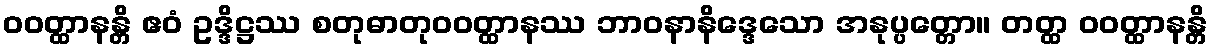
ဝဝတ္ထာနန္တိ ဧဝံ ဥဒ္ဒိဋ္ဌဿ စတုဓာတုဝဝတ္ထာနဿ ဘာဝနာနိဒ္ဒေသော အနုပ္ပတ္တော။ တတ္ထ ဝဝတ္ထာနန္တိ